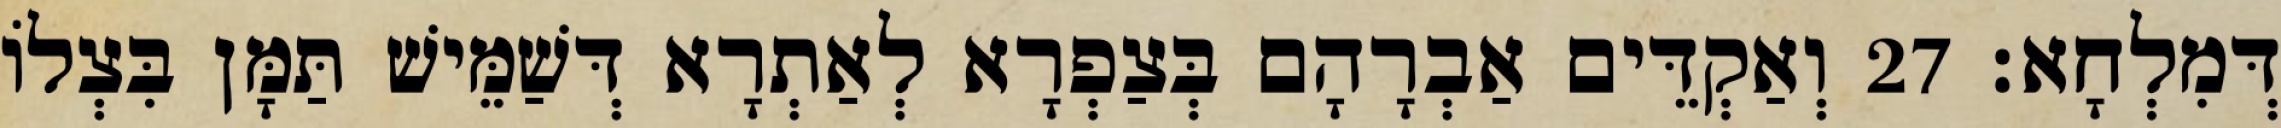
דְּמִלְחָא׃ 27 וְאַקְדֵּים אַבְרָהָם בְּצַפְרָא לְאַתְרָא דְּשַׁמֵּישׁ תַּמָּן בִּצְלוֹ